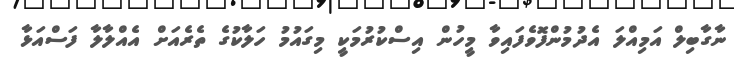
ނާގާބިލް އަމިއްލަ އެދުމުންފޮވެފައިވާ މީހުން އިސްކުރުމަކީ މިގައުމު ހަލާކުގެ ތެރެއަށް އެއްލާލާ ފަސްއަޅާ